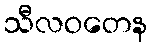
သီလဝတေန